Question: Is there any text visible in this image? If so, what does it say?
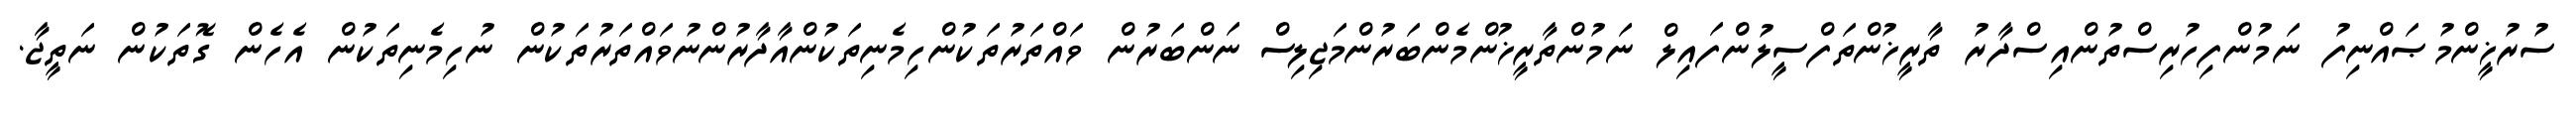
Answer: ސުރުޚީންމުޞައްނިފު ނަމުންފިހުރިސްތުންއިސްދާރު ތާރީޚުންތަފްސީލުންފައިލް ނަމުންތާރީޚުންމެންބަރުންމަޖިލިސް ނަންބަރުން ވައްތަރުތަކުންހިމެނިތަކުންއާދާރުންނުވައްތަރުތަކުން ނުހިމެނިތަކުން އެހެން ގޮތަކުން ނަތީޖާ.